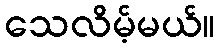
သေလိမ့်မယ်။